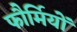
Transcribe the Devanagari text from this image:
फौर्मियों